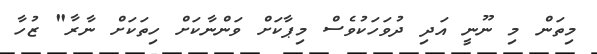
މިތަން މި ނޫނީ އަދި ދުވަހަކުވެސް މިޕާކަށް ވަންނާކަށް ހިތަކަށް ނާރާ" ޒުހާ